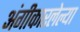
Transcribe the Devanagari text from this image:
अंगीकारलेल्या